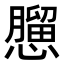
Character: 𢣠